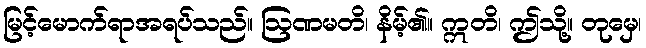
မြင့်မောက်ရာအရပ်သည်။ ဩဏမတိ၊ နိမ့်၏။ ဣတိ၊ ဤသို့။ တုမှေ၊